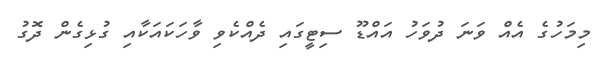
މިމަހުގެ އެއް ވަނަ ދުވަހު އައްޑޫ ސިޓީގައި ދެއްކެވި ވާހަކައަކާއި ގުޅިގެން ދޮގު